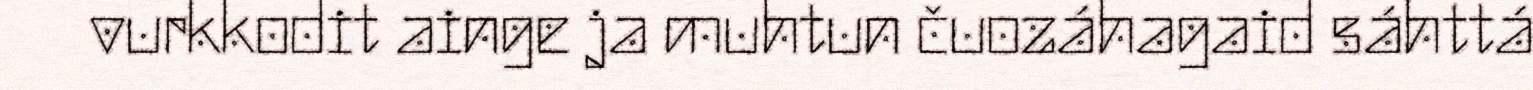
vurkkodit ainge ja muhtun čuozáhagaid sáhttá